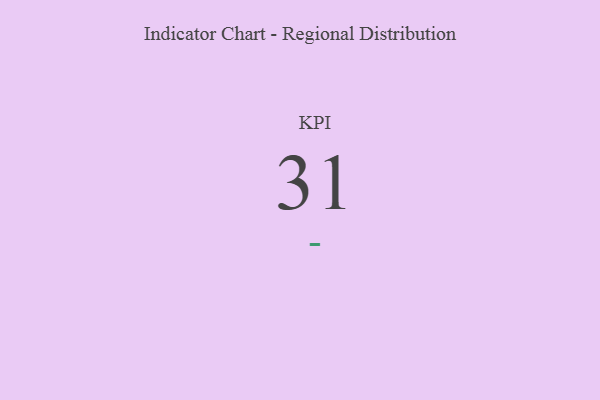
{"axis": {"x": "KPI", "y": "Value"}, "legend": [""], "data": [{"x": "KPI", "y": 31, "type": ""}]}